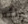
رائع